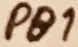
Text: PB1